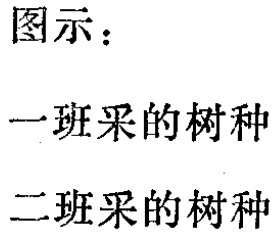
图示：
一班采的树种
二班采的树种